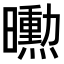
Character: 𭨌